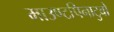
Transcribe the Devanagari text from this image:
माउण्टपिनाटुबो